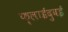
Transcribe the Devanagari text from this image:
फ़्लाईदुबई